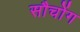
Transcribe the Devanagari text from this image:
सौचोंग